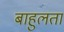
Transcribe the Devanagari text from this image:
बाहुलता